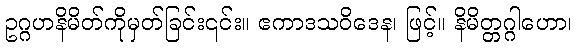
ဥဂ္ဂဟနိမိတ်ကိုမှတ်ခြင်း၎င်း။ ဧကာဒသဝိဒေန၊ ဖြင့်။ နိမိတ္တဂ္ဂါဟော၊